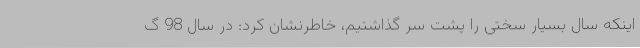
اینکه سال بسیار سختی را پشت سر گذاشتیم، خاطرنشان کرد: در سال 98 گ